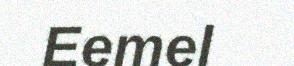
Eemel